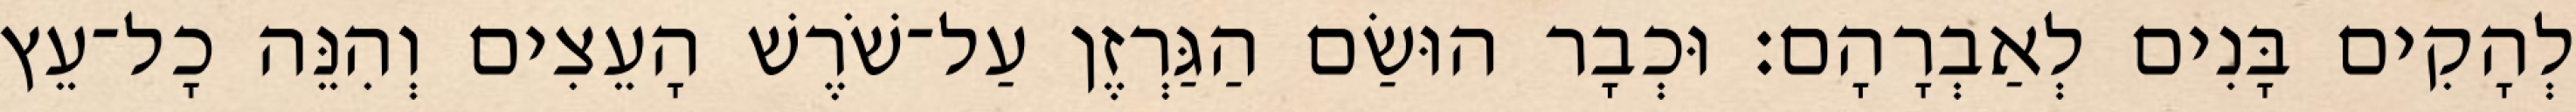
לְהָקִים בָּנִים לְאַבְרָהָם׃ וּכְבָר הוּשַׂם הַגַּרְזֶן עַל־שֹׁרֶשׁ הָעֵצִים וְהִנֵּה כָל־עֵץ